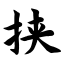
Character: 挟